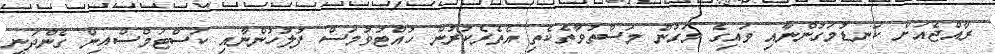
ރާއްޖެއަށް ކަނޑުމަގުންނާއި ވައިގެ މަގުން މަސްތުވާތެކެތި އެތެރެކުރުން ހުއްޓުވުމަސް ފުލުހުންނާއި ކަސްޓަމްސްއިން ގެންދަނީ